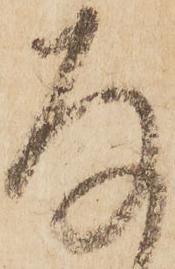
存